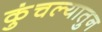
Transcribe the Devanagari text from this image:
कुंचल्यातुन